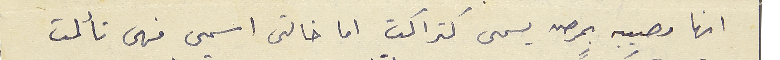
انها مصيبه بمرض يسمى كتراكت اما خالتي اسمى فهى تألمت